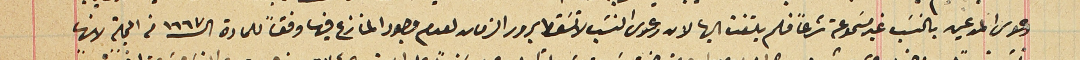
دعوى المدعين بالنسَب غير مسَموعة شرعاً فلم يلتفت اليها لان دعوى النسَب لاتسَقط بمرور الزمان لعدم وجود المنازع فيها وفقاً للمادة الـ ١٦٦٧ من المجلة لانها